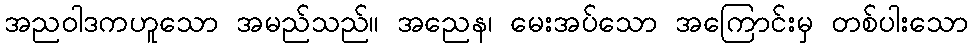
အညဝါဒကဟူသော အမည်သည်။ အညေန၊ မေးအပ်သော အကြောင်းမှ တစ်ပါးသော